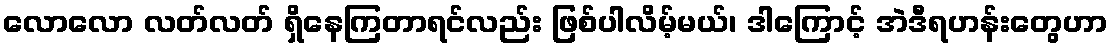
လောလော လတ်လတ် ရှိနေကြတာရင်လည်း ဖြစ်ပါလိမ့်မယ်၊ ဒါကြောင့် အဲဒီရဟန်းတွေဟာ